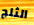
الثلج